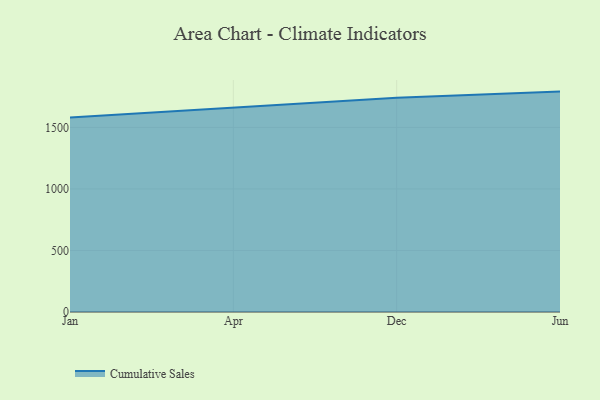
{"axis": {"x": "Month", "y": "Active Users"}, "legend": ["Cumulative Sales"], "data": [{"x": "Jan", "y": 1581.1, "type": "Cumulative Sales"}, {"x": "Apr", "y": 1663.3, "type": "Cumulative Sales"}, {"x": "Dec", "y": 1740.1, "type": "Cumulative Sales"}, {"x": "Jun", "y": 1790.9, "type": "Cumulative Sales"}]}